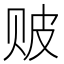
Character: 𬥶